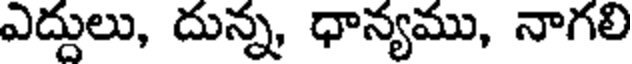
ఎద్దులు, దున్న ధాన్యము, నాగలి